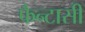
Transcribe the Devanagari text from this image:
फैन्टासी